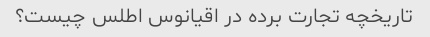
تاریخچه تجارت برده در اقیانوس اطلس چیست؟